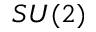
S U ( 2 )